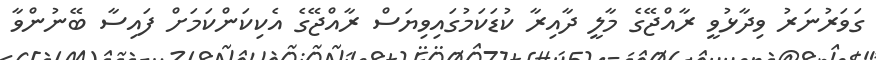
ގަވަރުނަރު ވިދާޅުވީ ރާއްޖޭގެ މާލީ ދާއިރާ ކުޑަކަމުގައިވިޔަސް ރާއްޖޭގެ އެކިކަންކަމަށް ފައިސާ ބޭނުންވާ